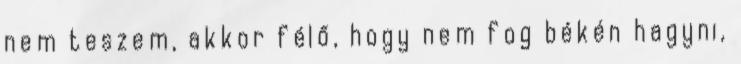
nem teszem, akkor félő, hogy nem fog békén hagyni,